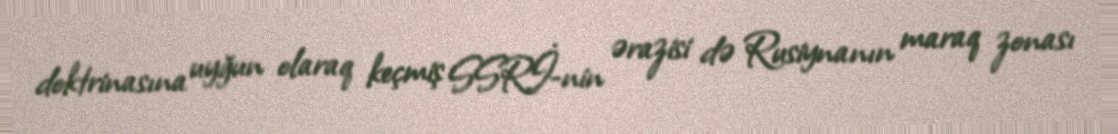
doktrinasına uyğun olaraq keçmiş SSRİ-nin ərazisi də Rusiynanın maraq zonası